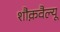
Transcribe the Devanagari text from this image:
शौक़वैल्यू